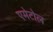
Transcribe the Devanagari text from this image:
एमेटोल